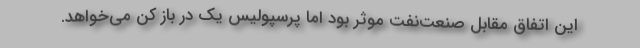
این اتفاق مقابل صنعت‌نفت موثر بود اما پرسپولیس یک در باز کن می‌خواهد.